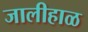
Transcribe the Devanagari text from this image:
जालीहाळ